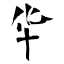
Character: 华